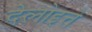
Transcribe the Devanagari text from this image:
देलोइत्ते